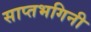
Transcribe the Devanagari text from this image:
साप्तभगिनी